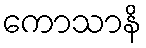
ကောသာနိ